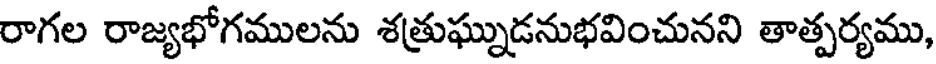
రాగల రాజ్యభోగములను శత్రుఘ్నుడనుభవించునని తాత్పర్యము,